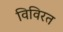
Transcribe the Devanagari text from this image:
विविरत